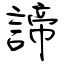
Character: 諦